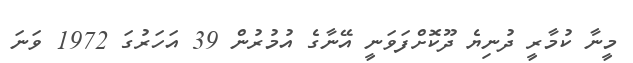
މީނާ ކުމާރީ ދުނިޔެ ދޫކޮށްފަވަނީ އޭނާގެ އުމުރުން 39 އަހަރުގަ 1972 ވަނަ